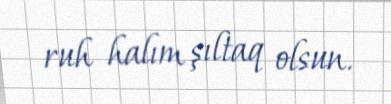
ruh halım şıltaq olsun.